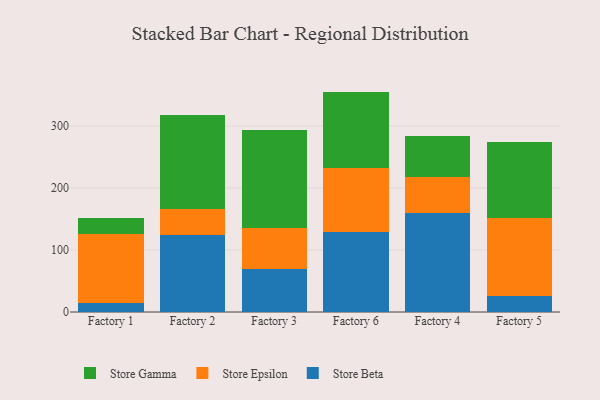
{"axis": {"x": "Factory", "y": "Page Views"}, "legend": ["Store Beta", "Store Epsilon", "Store Gamma"], "data": [{"x": "Factory 1", "y": 15.0, "type": "Store Beta"}, {"x": "Factory 1", "y": 110.6, "type": "Store Epsilon"}, {"x": "Factory 1", "y": 26.7, "type": "Store Gamma"}, {"x": "Factory 2", "y": 124.5, "type": "Store Beta"}, {"x": "Factory 2", "y": 41.8, "type": "Store Epsilon"}, {"x": "Factory 2", "y": 152.1, "type": "Store Gamma"}, {"x": "Factory 3", "y": 69.0, "type": "Store Beta"}, {"x": "Factory 3", "y": 66.1, "type": "Store Epsilon"}, {"x": "Factory 3", "y": 158.6, "type": "Store Gamma"}, {"x": "Factory 6", "y": 129.6, "type": "Store Beta"}, {"x": "Factory 6", "y": 102.0, "type": "Store Epsilon"}, {"x": "Factory 6", "y": 124.0, "type": "Store Gamma"}, {"x": "Factory 4", "y": 159.3, "type": "Store Beta"}, {"x": "Factory 4", "y": 57.8, "type": "Store Epsilon"}, {"x": "Factory 4", "y": 66.9, "type": "Store Gamma"}, {"x": "Factory 5", "y": 25.6, "type": "Store Beta"}, {"x": "Factory 5", "y": 125.9, "type": "Store Epsilon"}, {"x": "Factory 5", "y": 122.5, "type": "Store Gamma"}]}